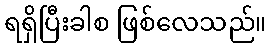
ရရှိပြီးခါစ ဖြစ်လေသည်။